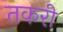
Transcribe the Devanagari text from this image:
तकरी